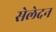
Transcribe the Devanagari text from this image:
सेलेदन